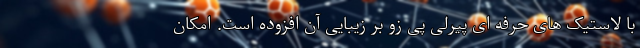
با لاستیک های حرفه ای پیرلی پی زِو بر زیبایی آن افزوده است. امکان